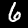
Digit: 6